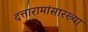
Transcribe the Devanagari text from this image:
दत्तारामांसारख्या